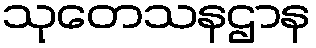
သုတေသနဌာန